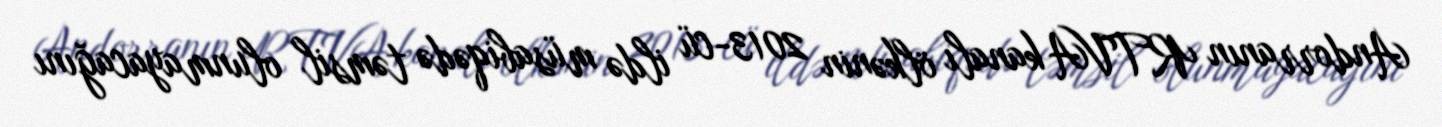
Andorranın RTVA kanalı ölkənin 2013-cü ildə müsabiqədə təmsil olunmayacağını